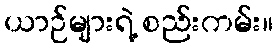
ယာဉ်များရဲ့ စည်းကမ်း။